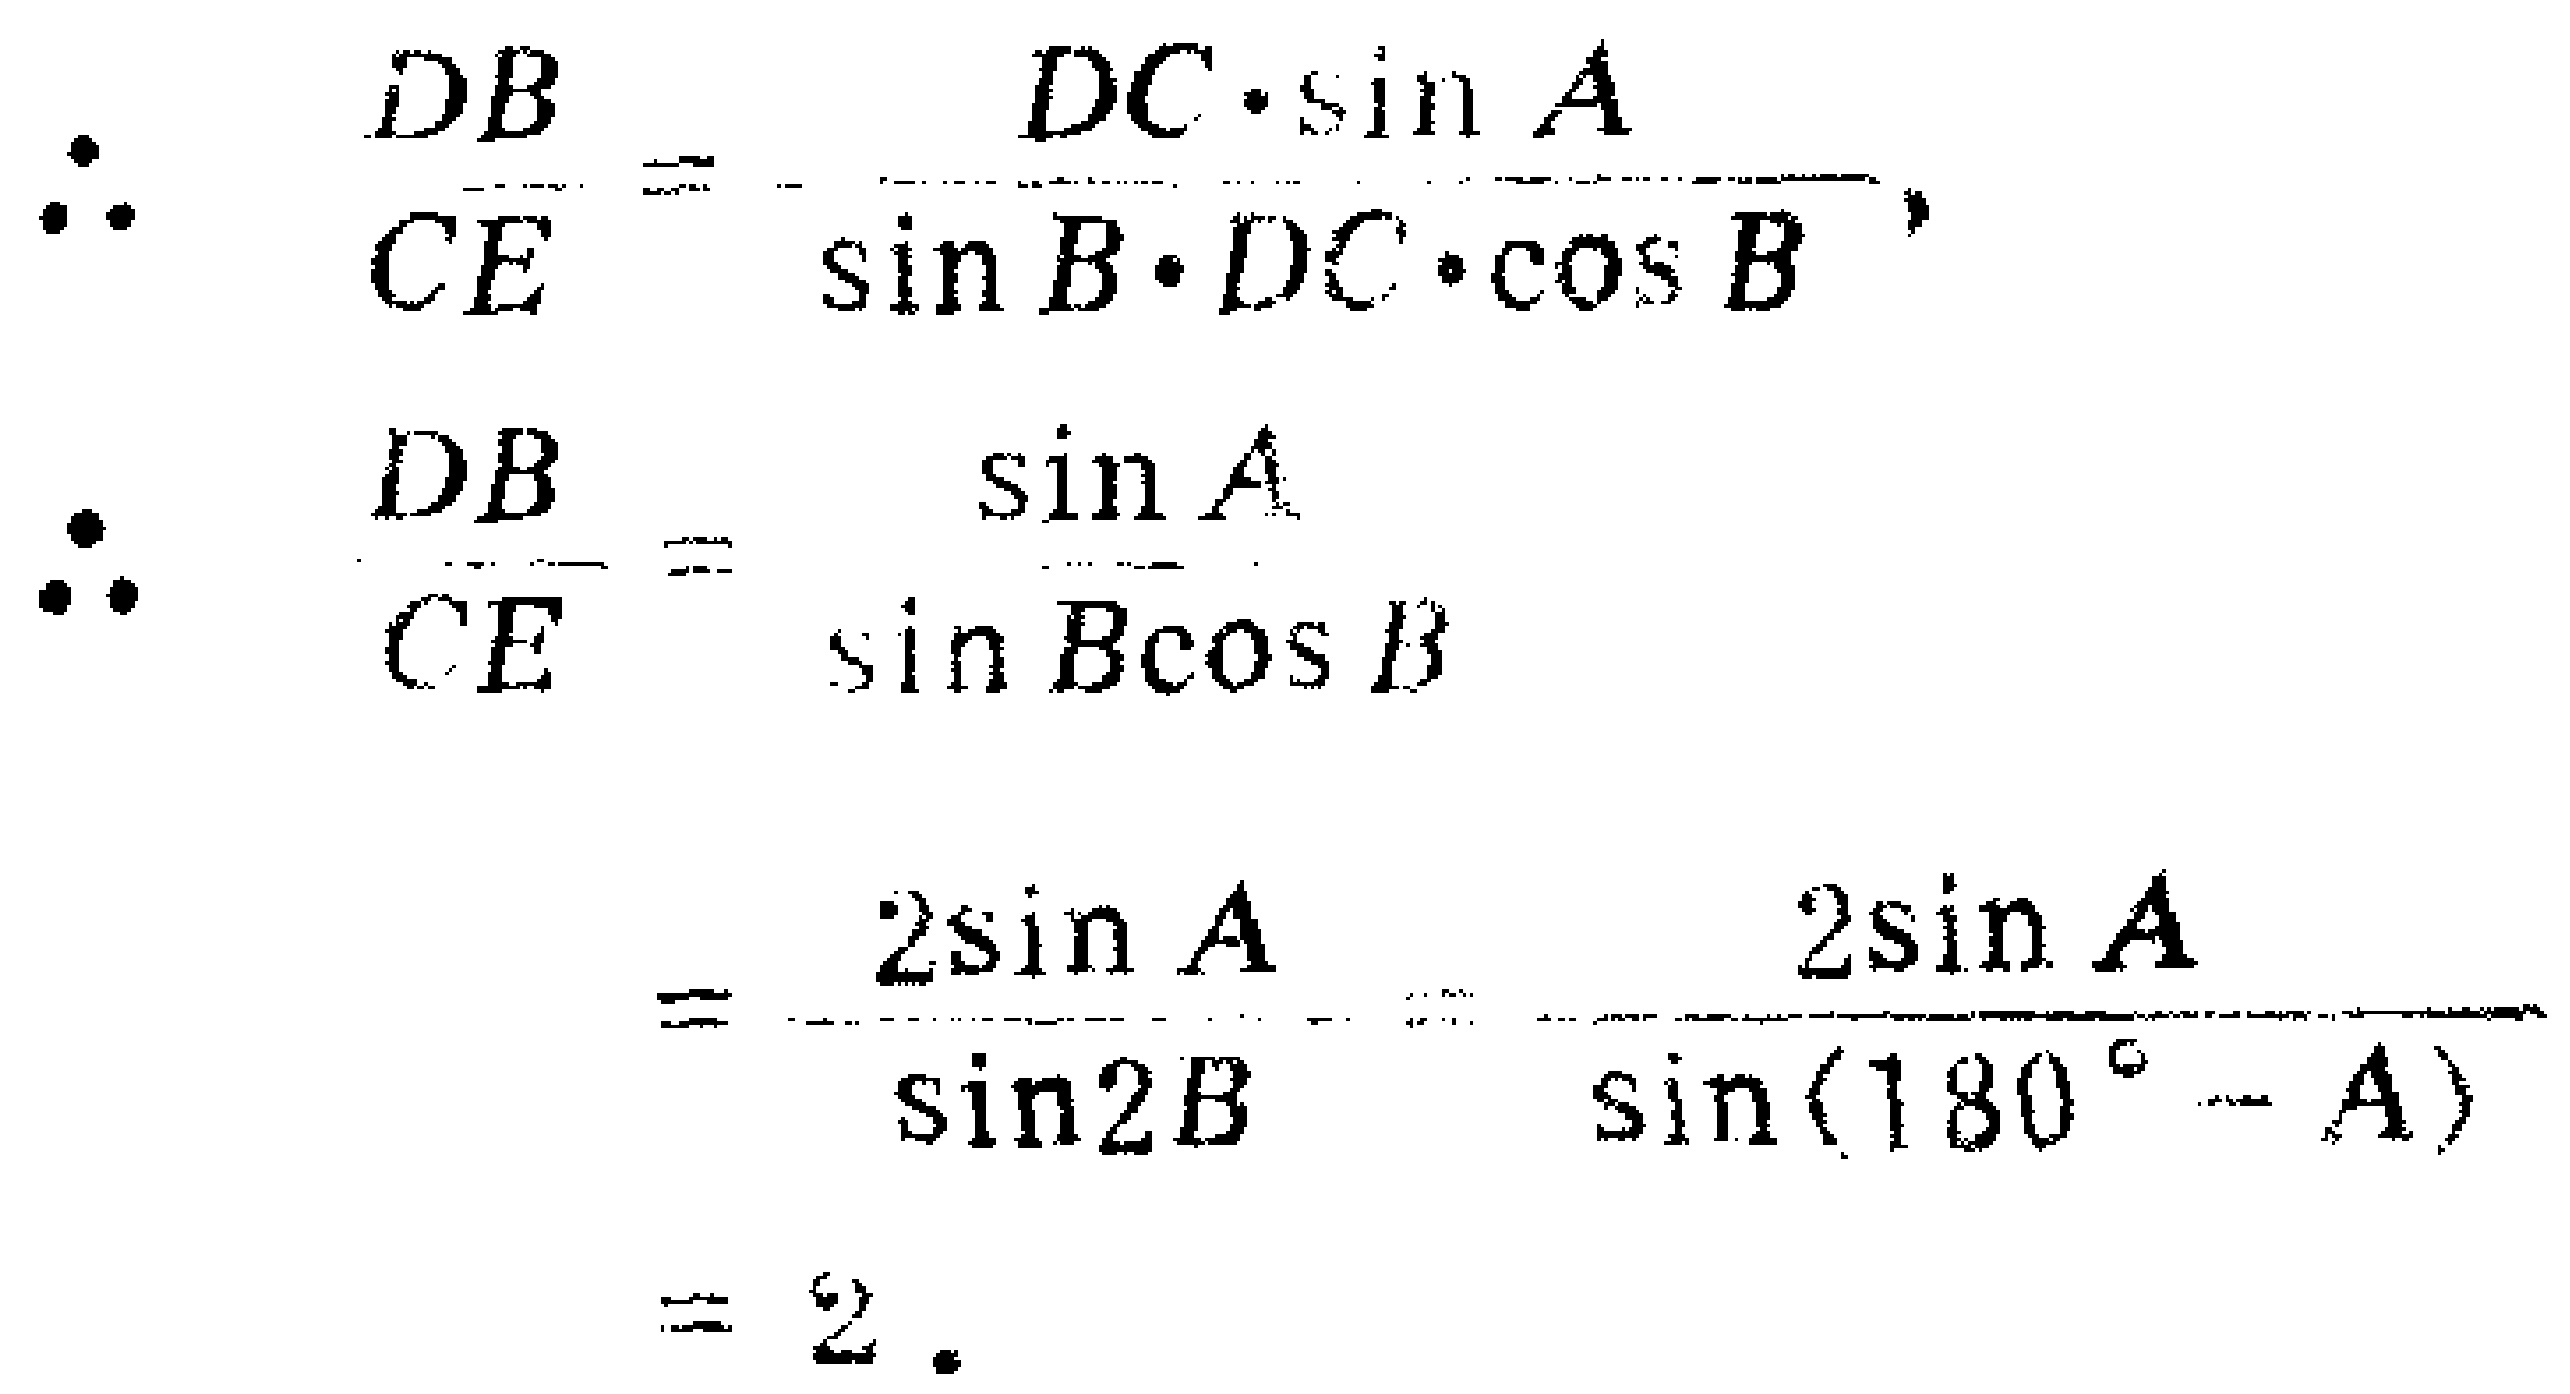
\[
\begin{align*}
\therefore \frac{DB}{CE}&= \frac{DC\cdot\sin A}{\sin B\cdot DC\cdot\cos B},\\
\therefore \frac{DB}{CE}&= \frac{\sin A}{\sin B\cos B}\\
&=\frac{2\sin A}{\sin2B}=\frac{2\sin A}{\sin(180^{\circ}- A)}\\
&= 2.
\end{align*}
\]